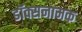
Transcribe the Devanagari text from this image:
डॉक्सनामक